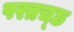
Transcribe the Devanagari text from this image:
परतच्‍छ